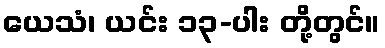
ယေသံ၊ ယင်း ၁၃-ပါး တို့တွင်။